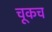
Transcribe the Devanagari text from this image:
चूकच